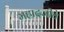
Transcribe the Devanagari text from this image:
महादजीचे